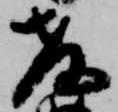
教